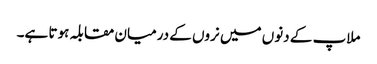
ملاپ کے دنوں میں نروں کے درمیان مقابلہ ہوتا ہے۔